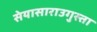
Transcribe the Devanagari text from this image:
सेयासाराउगुस्ता